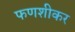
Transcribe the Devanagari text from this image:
फणशीकर